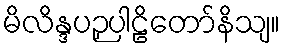
မိလိန္ဒပဉှပါဠိတော်နိသျ။